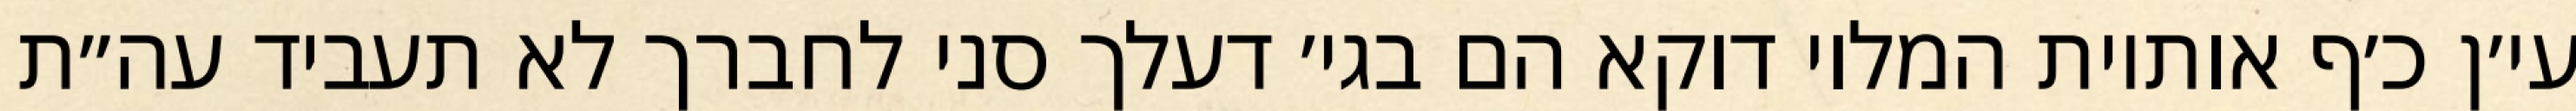
עי׳ן כ׳ף אותיות המלוי דוקא הם בגי׳ דעלך סני לחברך לא תעביד עה״ת